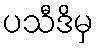
ပသီဒိမှ